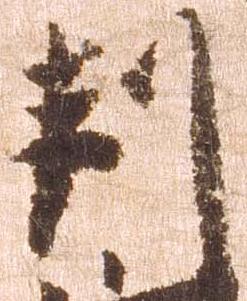
判